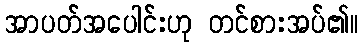
အာပတ်အပေါင်းဟု တင်စားအပ်၏။